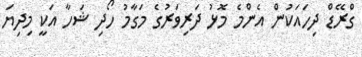
ގްރޭޑް ދިހައަކުން އެންމެ މޮޅު ދަރިވަރުގެ މަގާމު ހޯދި ޝަހާ އަކީ މިދިޔަ